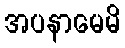
အပနာမေမိ